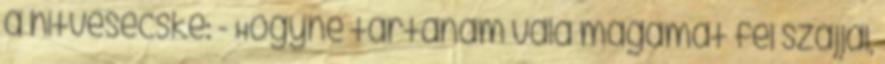
a hitvesecske: - Hogyne tartanám vala magamat fél szájjal,